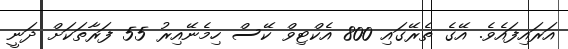
އަރައިފައެވެ. އޭގެ ތެރޭގައި 800 އެކްޓިވް ކޭސް ހިމެނޭއިރު 55 ފަރާތަކަށް ދަނީ